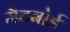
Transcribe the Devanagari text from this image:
मैटबोर्ड